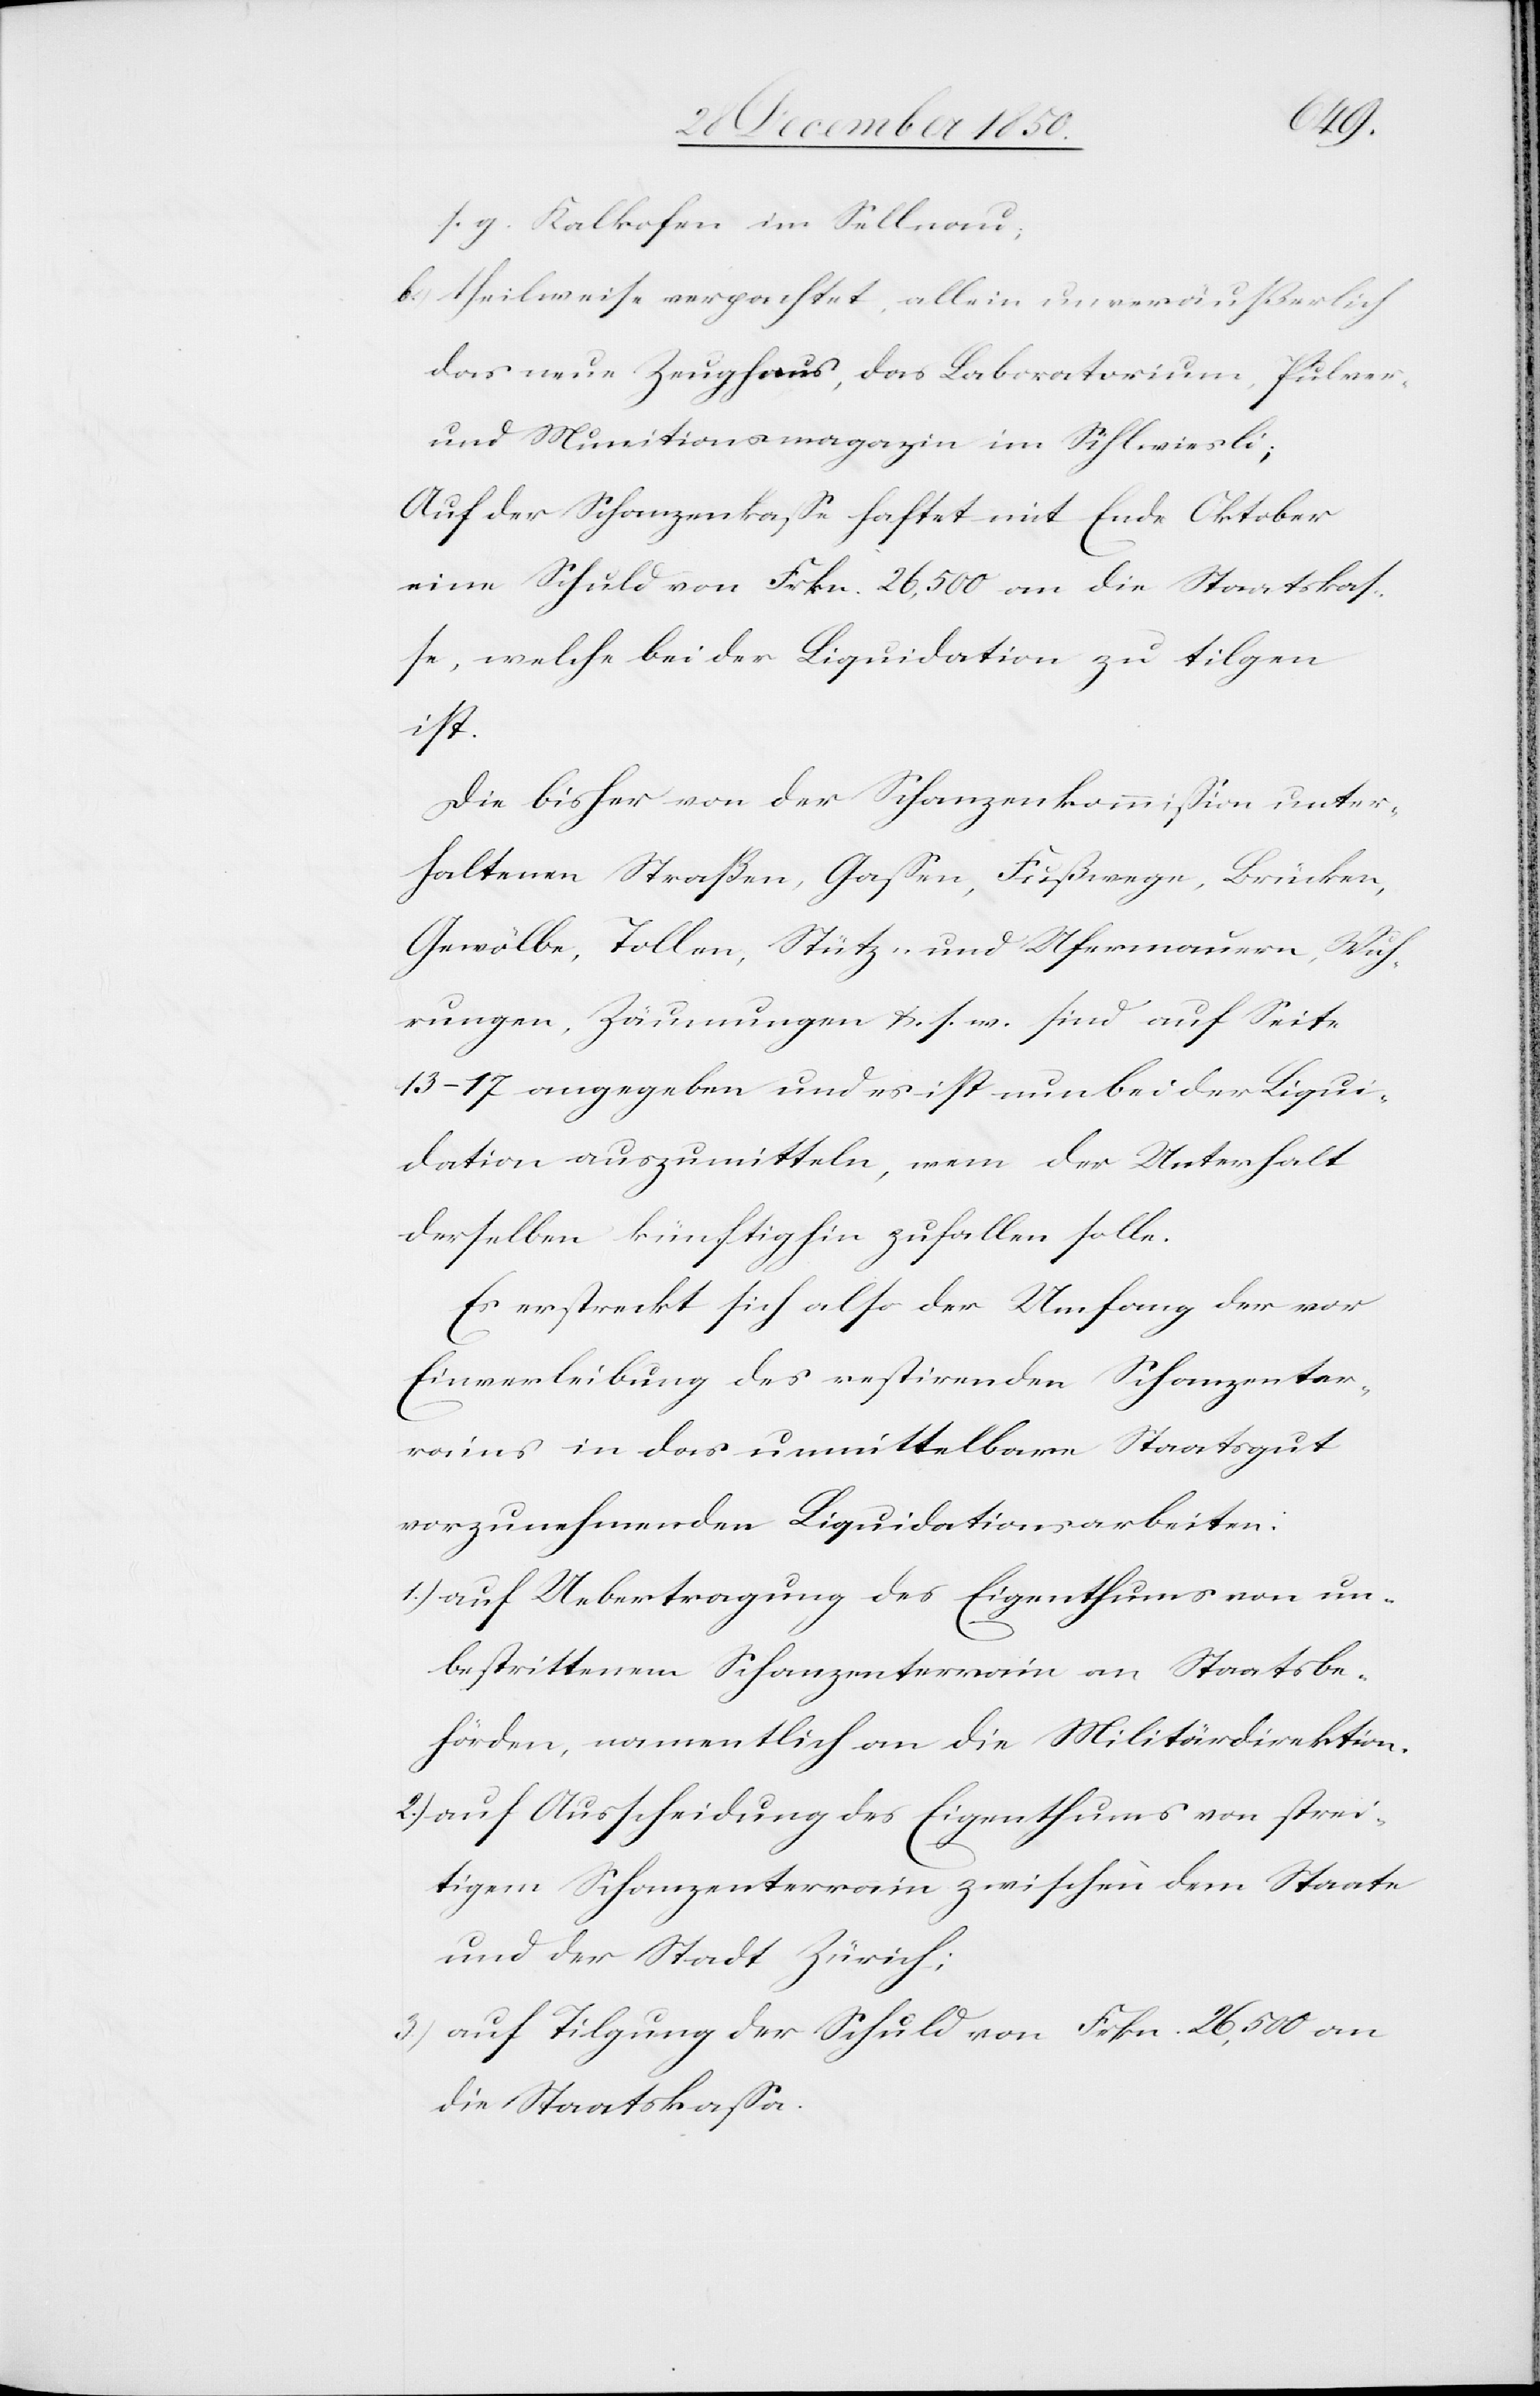
s. g. Kalkofen im Sellnau;
b.) theilweise verpachtet, allein unveräußerlich
das neue Zeughaus, das Laboratorium, Pulver-
und Munitionsmagazin im Sihlwiesli;
Auf der Schanzenkasse haftet mit Ende Oktober
eine Schuld von Frkn. 26,500 an die Staatskas¬
se, welche bei der Liquidation zu tilgen
ist.
Die bisher von der Schanzenkommission unter¬
haltenen Straßen, Gassen, Fußwege, Brücken,
Gewölbe, Tollen, Stütz- und Ufermauern, Wuh¬
rungen, Zäunungen u. s. w. sind auf Seite
13–17 angegeben und es ist nun bei der Liqui¬
dation auszumitteln, wem der Unterhalt
derselben künftighin zufallen solle.
Es erstreckt sich also der Umfang der vor
Einverleibung des restirenden Schanzenter¬
rains in das unmittelbare Staatsgut
vorzunehmenden Liquidationsarbeiten:
1.) auf Uebertragung des Eigenthums von un¬
bestrittenem Schanzenterrain an Staatsbe¬
hörden, namentlich an die Militärdirektion.
2.) auf Ausscheidung des Eigenthums von strei¬
tigem Schanzenterrain zwischen dem Staate
und der Stadt Zürich;
3.) auf Tilgung der Schuld von Frkn. 26,500 an
die Staatskassa.